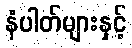
နံပါတ်များနှင့်